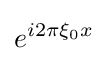
e^{i2\pi \xi _{0}x}